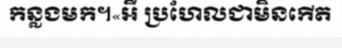
កន្លងមក។«អឺ ប្រហែលជាមិនកើត